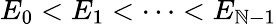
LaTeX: E_{0}<E_{1}<\cdots<E_{\mathbb{N}-1}